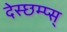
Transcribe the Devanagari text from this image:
देस्छम्प्स्